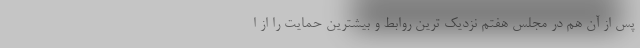
پس از آن هم در مجلس هفتم نزدیک ترین روابط و بیشترین حمایت را از ا